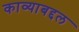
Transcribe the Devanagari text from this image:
काव्याबद्दल